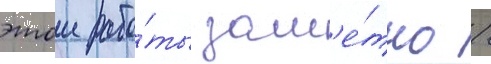
этои рабо́ты зам'е́тно /